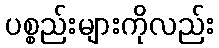
ပစ္စည်းများကိုလည်း